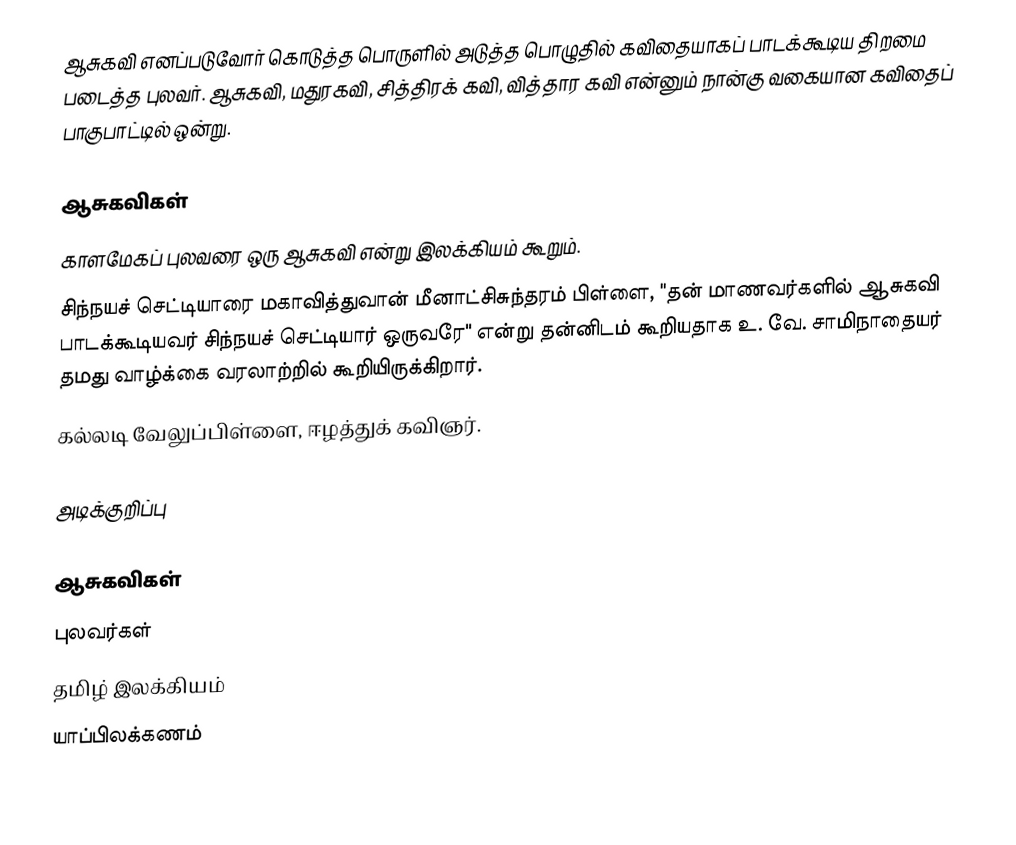
ஆசுகவி எனப்படுவோர் கொடுத்த பொருளில் அடுத்த பொழுதில் கவிதையாகப் பாடக்கூடிய திறமை படைத்த புலவர். ஆசுகவி, மதுரகவி, சித்திரக் கவி, வித்தார கவி என்னும் நான்கு வகையான கவிதைப் பாகுபாட்டில் ஒன்று.

ஆசுகவிகள்
காளமேகப் புலவரை ஒரு ஆசுகவி என்று இலக்கியம் கூறும்.
சிந்நயச் செட்டியாரை மகாவித்துவான் மீனாட்சிசுந்தரம் பிள்ளை, "தன் மாணவர்களில் ஆசுகவி பாடக்கூடியவர் சிந்நயச் செட்டியார் ஒருவரே" என்று தன்னிடம் கூறியதாக உ. வே. சாமிநாதையர் தமது வாழ்க்கை வரலாற்றில் கூறியிருக்கிறார்.
கல்லடி வேலுப்பிள்ளை, ஈழத்துக் கவிஞர்.

அடிக்குறிப்பு

ஆசுகவிகள்
புலவர்கள்
தமிழ் இலக்கியம்
யாப்பிலக்கணம்